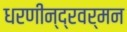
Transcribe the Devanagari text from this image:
धरणीन्द्रवर्मन